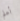
أعلم